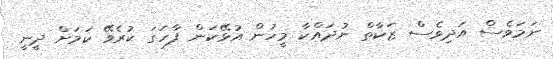
ނަމަވެސް އަދިވެސް ޒަކާތް ނުދައްކާ މީހުން އުޅޭކަން ފާހަގަ ކުރެވޭ ކަމަށް ދީނީ